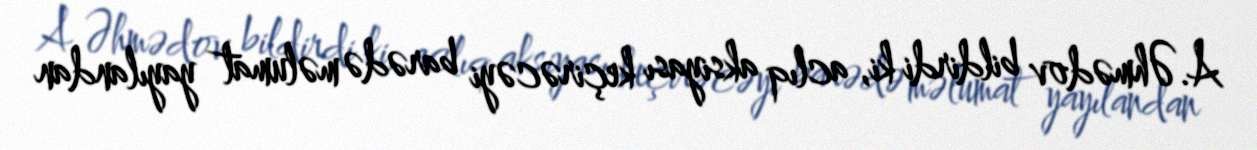
A.Əhmədov bildirdi ki, aclıq aksiyası keçirəcəyi barədə məlumat yayılandan